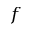
f